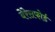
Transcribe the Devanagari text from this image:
बेरेसफोर्ड